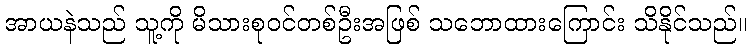
အာယနဲသည် သူ့ကို မိသားစုဝင်တစ်ဦးအဖြစ် သဘောထားကြောင်း သိနိုင်သည်။